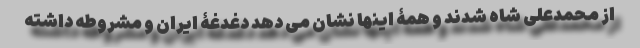
از محمدعلی شاه شدند و همۀ اینها نشان می دهد دغدغۀ ایران و مشروطه داشته